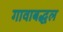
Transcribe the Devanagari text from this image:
गावाबद्धल